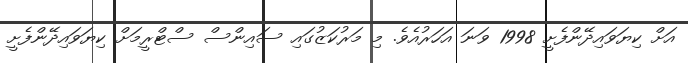
އަށް ކިޔަވައިދޭންފެށީ 1998 ވަނަ އަހަރުއެވެ. މި މަރުކަޒުގައި ސައިންސް ސްޓްރީމަށް ކިޔަވައިދޭންފެށީ